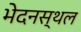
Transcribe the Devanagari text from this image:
भेदनस्थल